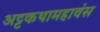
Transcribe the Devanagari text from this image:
अट्टकथामहावंस